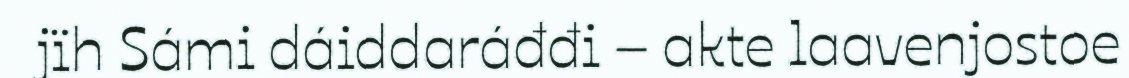
jïh Sámi dáiddaráđđi – akte laavenjostoe